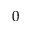
0